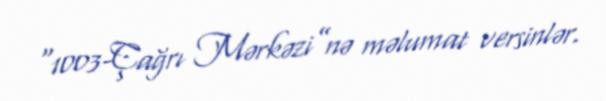
“1003-Çağrı Mərkəzi”nə məlumat versinlər.